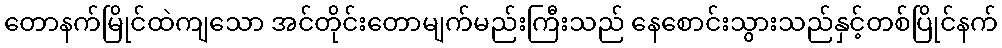
တောနက်မြိုင်ထဲကျသော အင်တိုင်းတောမျက်မည်းကြီးသည် နေစောင်းသွားသည်နှင့်တစ်ပြိုင်နက်